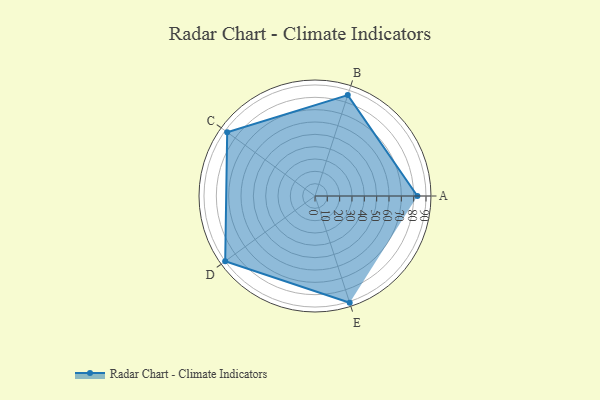
{"axis": {"x": "Skill", "y": "Score"}, "legend": ["Profile"], "data": [{"x": "A", "y": 83.0, "type": "Profile"}, {"x": "B", "y": 86.0, "type": "Profile"}, {"x": "C", "y": 88.0, "type": "Profile"}, {"x": "D", "y": 90.0, "type": "Profile"}, {"x": "E", "y": 91.0, "type": "Profile"}]}